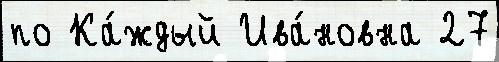
по Ка́ждый Ива́новна 27